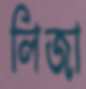
লিজা